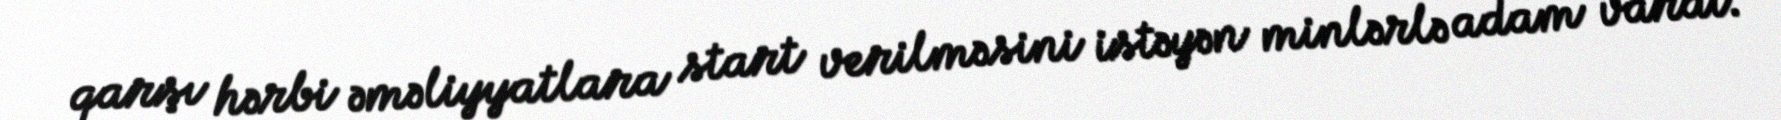
qarşı hərbi əməliyyatlara start verilməsini istəyən minlərlə adam vardı.